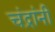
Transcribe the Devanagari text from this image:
चंद्रांनी